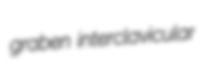
graben interclavicular